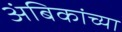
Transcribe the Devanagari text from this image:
अंबिकांच्या